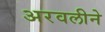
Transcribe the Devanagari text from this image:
अरवलीने